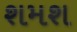
શમશ